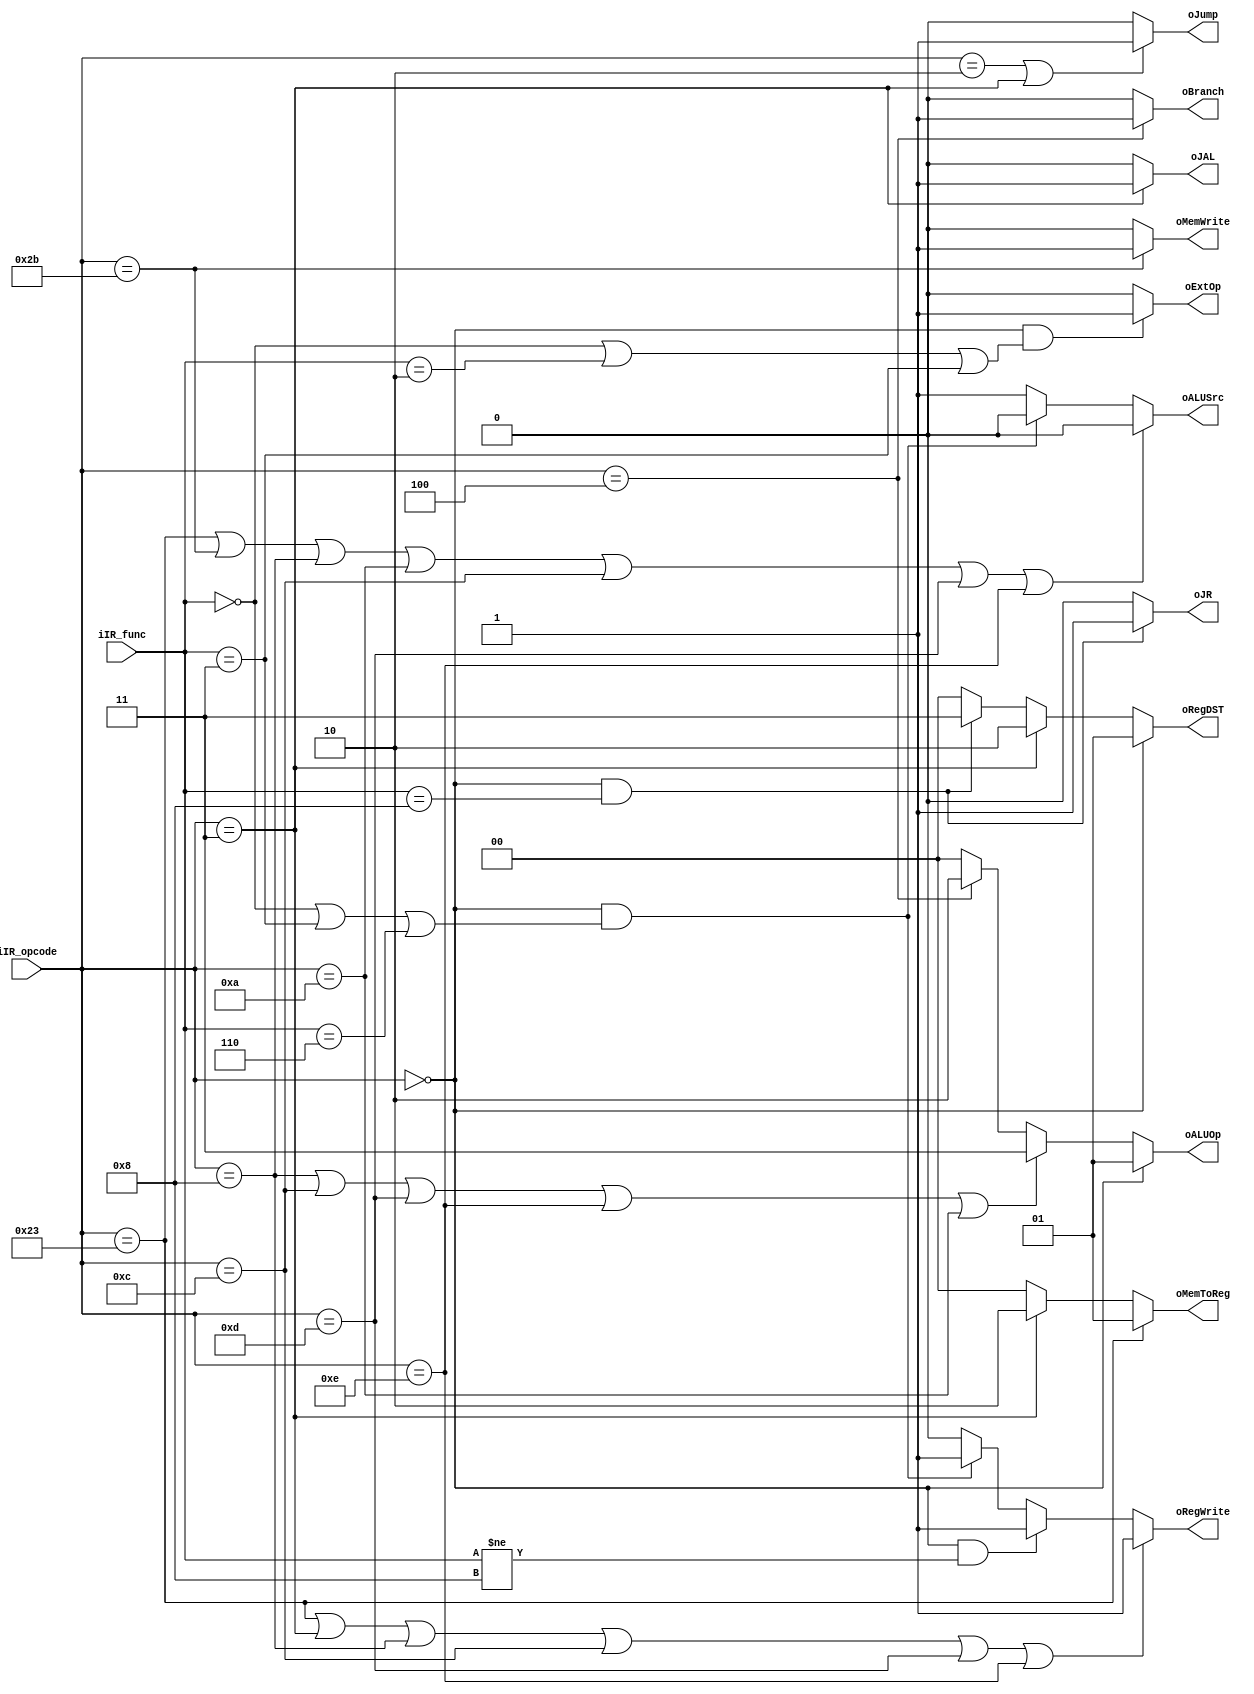
module mainControl(
	iIR_opcode,
	iIR_func,
	oALUOp,
	oMemToReg, oMemWrite,
	oRegDST, oRegWrite,
	oJump, oALUSrc,
	oBranch,
	oExtOp,
	oJAL,
	oJR
);

input [5:0] iIR_opcode; //opcode
input [5:0] iIR_func;   //funct
output reg [1:0] oALUOp;
output reg [1:0] oMemToReg;
output reg oMemWrite;
output reg [1:0] oRegDST;
output reg oRegWrite;
output reg oJump, oALUSrc;
output reg oBranch;
output reg oExtOp;
output reg oJAL;
output reg oJR;

always @(*) begin // JAL
	if(iIR_opcode == 3) oJAL = 1;
	else 				oJAL = 0;
end

always @(*) begin // shift -> ExtOp = 1
	if(iIR_opcode == 0 && (iIR_func == 0 || iIR_func == 2 || iIR_func == 3))
		oExtOp = 1;
	else
		oExtOp = 0; 
end

always@ (*) begin //ALUOp
	if(iIR_opcode == 0) oALUOp = 2'b01; // R type
	else if(iIR_opcode == 8  || iIR_opcode == 12 || iIR_opcode == 13 ||
		    iIR_opcode == 14 || iIR_opcode == 10) oALUOp = 2'b11; // I type 
	else if(iIR_opcode == 4) oALUOp = 2'b10;
	else oALUOp = 2'b00;
end

always@ (*) begin //Jump
	if(iIR_opcode == 2 || iIR_opcode == 3) oJump = 1;
	else oJump = 0;
end

always@ (*) begin //Branch
	if(iIR_opcode == 4) oBranch = 1;
	else oBranch = 0;
end

always@ (*) begin //RegDST
	if(iIR_opcode == 0) 	 oRegDST = 2'b01;
	else if(iIR_opcode == 3) oRegDST = 2'b10;
	else if(iIR_opcode == 0 && iIR_func == 8)
							 oRegDST = 2'b11; // JR
	else 					 oRegDST = 2'b00;
end

always@ (*) begin //MemToReg // NOTICE: we modify here.
	if(iIR_opcode == 35) 	 oMemToReg = 2'b01; // lw
	else if(iIR_opcode == 3) oMemToReg = 2'b10; // jal/jalr
	else 					 oMemToReg = 2'b00; // R type
end

always@ (*) begin //MemWrite
	if(iIR_opcode == 43) oMemWrite = 1; // sw
	else 				 oMemWrite = 0;
end

always@ (*) begin //ALUSrc
	if(iIR_opcode == 35 || iIR_opcode == 43 || iIR_opcode == 8  || iIR_opcode == 10 ||
	   iIR_opcode == 12 || iIR_opcode == 13 || iIR_opcode == 14)
		oALUSrc = 0; //
	else if(iIR_opcode == 0 && (iIR_func == 0 || iIR_func == 3 || iIR_func == 6))
		oALUSrc = 0; // sll, srl, sra
 	else
 		oALUSrc = 1;
end

always@ (*) begin //RegWrite
	if(iIR_opcode == 35 || iIR_opcode == 3  || iIR_opcode == 8 ||
	   iIR_opcode == 12 || iIR_opcode == 13 || iIR_opcode == 14)
		oRegWrite = 1;
	else if(iIR_opcode == 0 && iIR_func != 8) oRegWrite = 1;
	else if(iIR_opcode == 0 && (iIR_func == 0 || iIR_func == 3 || iIR_func == 6))
		oRegWrite = 1; // sll, srl, sra
	else
		oRegWrite = 0;
end

always @(*) begin // JR
	if(iIR_opcode == 0 && iIR_func == 8) oJR = 1;
	else 								 oJR = 0;
end

endmodule